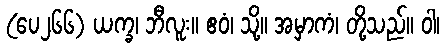
(ပေ၂၆၆) ယက္ခ၊ ဘီလူး။ ဧဝံ၊ သို့။ အမှာကံ၊ တို့သည်။ ဝါ၊